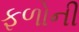
ફળોની